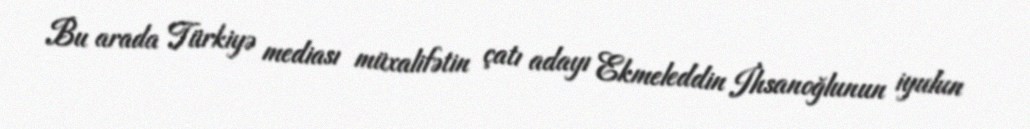
Bu arada Türkiyə mediası müxalifətin çatı adayı Ekmeleddin İhsanoğlunun iyulun